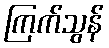
ကြက်သွန်